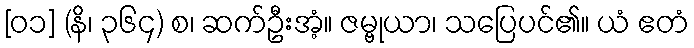
[၀၁] (နိ၊ ၃၆၄) စ၊ ဆက်ဦးအံ့။ ဇမ္ဗုယာ၊ သပြေပင်၏။ ယံ ဧတံ